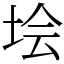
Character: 𡋗